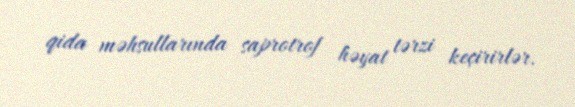
qida məhsullarında saprotrof həyat tərzi keçirirlər.